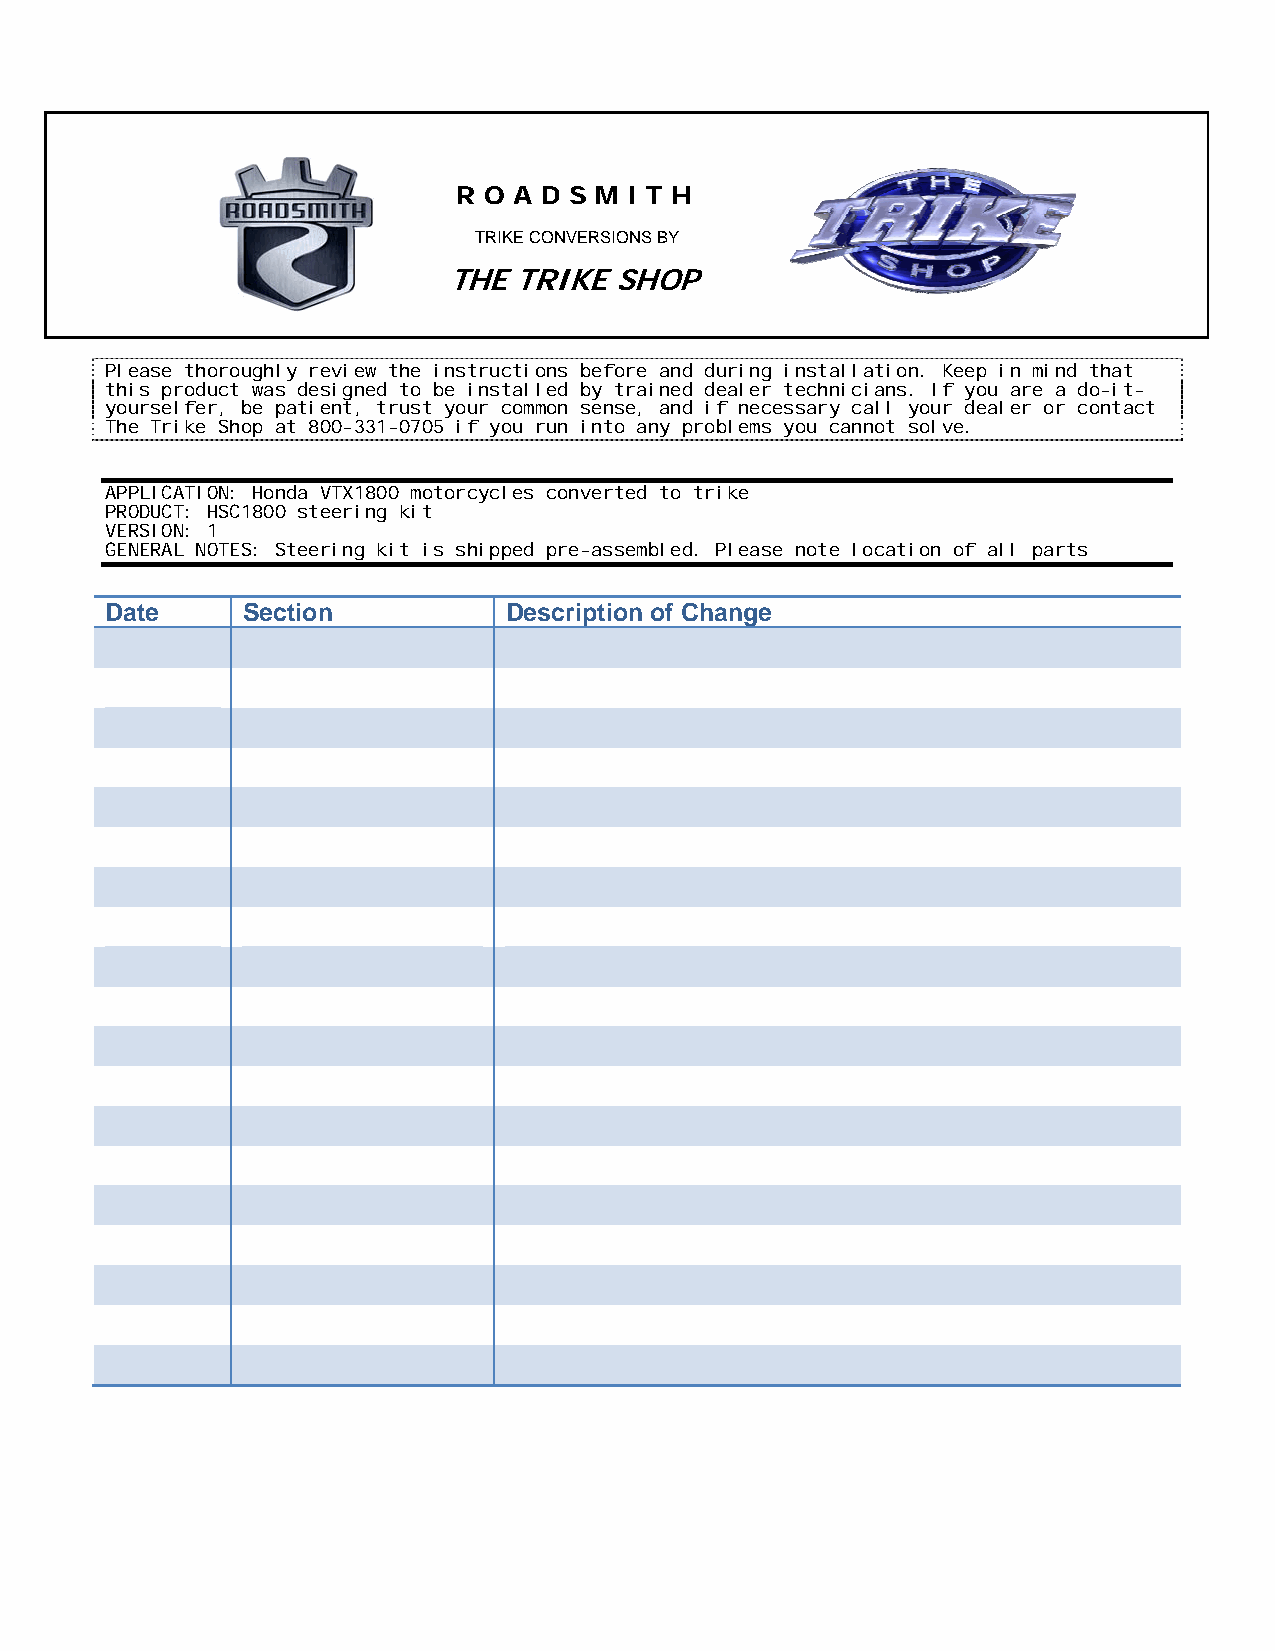
R O A D S M I T H
 TRIKE CONVERSIONS BY
 THE TRIKE  SHOP
 Please thoroughly review the instructions before and during installation. Keep in mind that
 this product was designed to be installed by trained dealer technicians. If you are a do-it-
 yourselfer, be patient, trust your common sense, and if necessary call your dealer or contact
 The Trike Shop at 800-331-0705 if you run into any problems you cannot solve.
 APPLICATION: Honda VTX1800 motorcycles converted to trike
 PRODUCT: HSC1800 steering kit
 VERSION: 1
 GENERAL NOTES: Steering kit is shipped pre-assembled. Please note location of all parts
 Date     Section          Description of Change